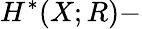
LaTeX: H^{\ast}(X;R)-